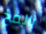
بالمخ